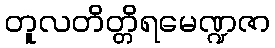
တူလတိတ္တိရမေဏ္ဍဇာ